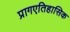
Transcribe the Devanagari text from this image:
प्रागएतिहासिक